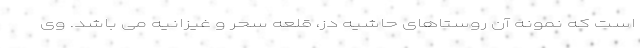
است که نمونه آن روستاهای حاشیه دز، قلعه سحر و غیزانیه می باشد. وی